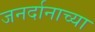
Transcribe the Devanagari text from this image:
जनर्दानाच्या